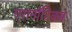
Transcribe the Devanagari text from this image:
एरानाॅटिक्स